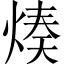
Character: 𤋷